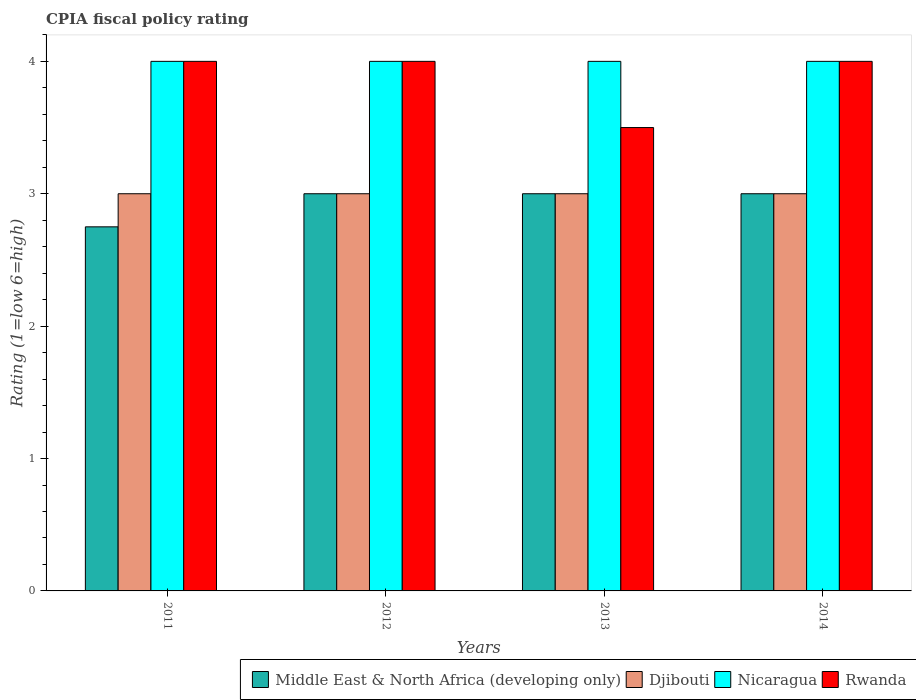
| Years | Middle East & North Africa (developing only) | Djibouti | Nicaragua | Rwanda |
 | --- | --- | --- | --- | --- |
 | 2011 | 2.75 | 3 | 4 | 4 |
 | 2012 | 3 | 3 | 4 | 4 |
 | 2013 | 3 | 3 | 4 | 3.5 |
 | 2014 | 3 | 3 | 4 | 4 |